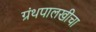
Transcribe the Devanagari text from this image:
ग्रंथपालखीचा